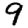
Digit: 9